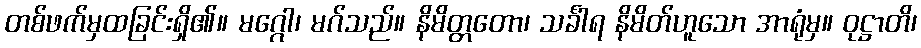
တစ်ဖက်မှထခြင်းရှိ၏။ မဂ္ဂေါ၊ မဂ်သည်။ နိမိတ္တတော၊ သင်္ခါရ နိမိတ်ဟူသော အာရုံမှ။ ဝုဋ္ဌာတိ၊